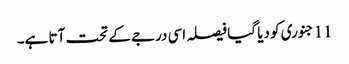
11جنوری کو دیا گیا فیصلہ اسی درجے کے تحت آتا ہے۔